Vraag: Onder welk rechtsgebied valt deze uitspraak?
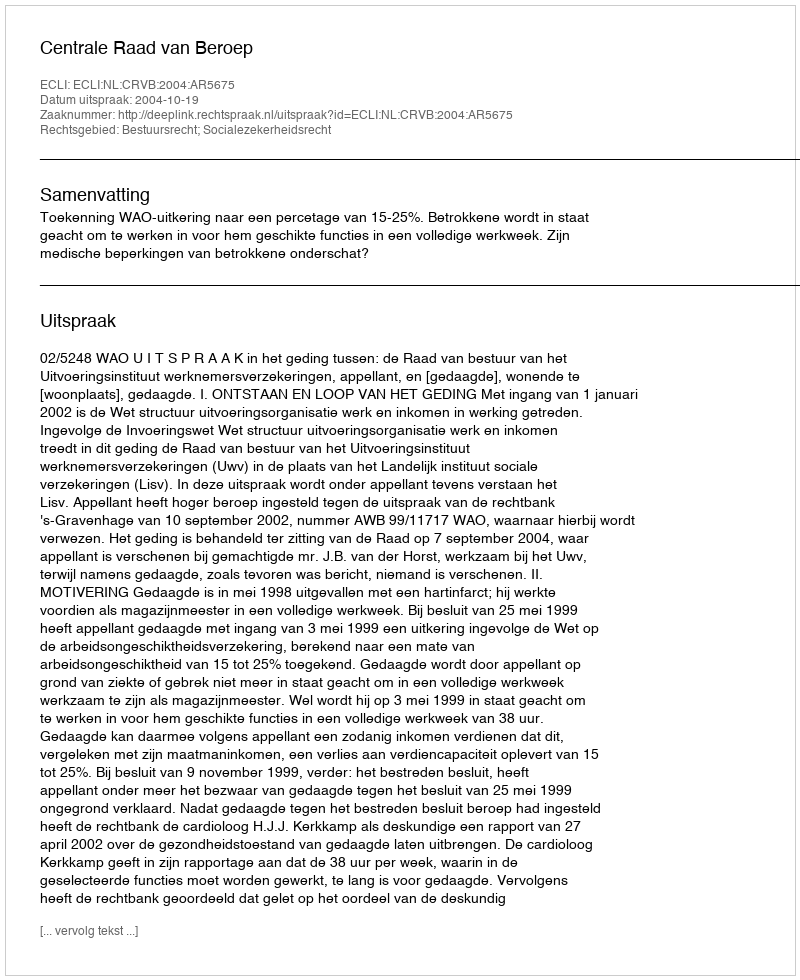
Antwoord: Bestuursrecht; Socialezekerheidsrecht